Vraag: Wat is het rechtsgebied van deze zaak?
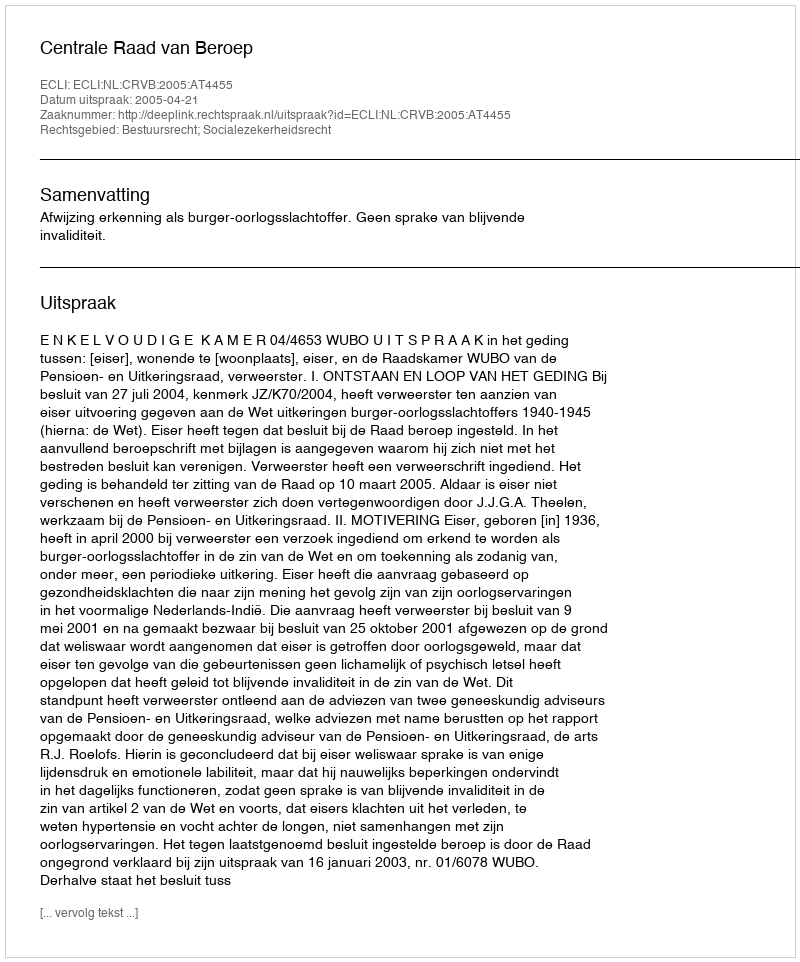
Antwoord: Bestuursrecht; Socialezekerheidsrecht